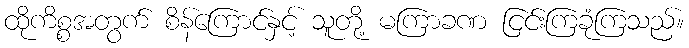
ထိုကိစ္စအတွက် စိန်ကြောင်နှင့် သူတို့ မကြာခဏ ငြင်းကြခုံကြသည်။